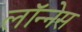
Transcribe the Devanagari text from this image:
लॉन्नेस